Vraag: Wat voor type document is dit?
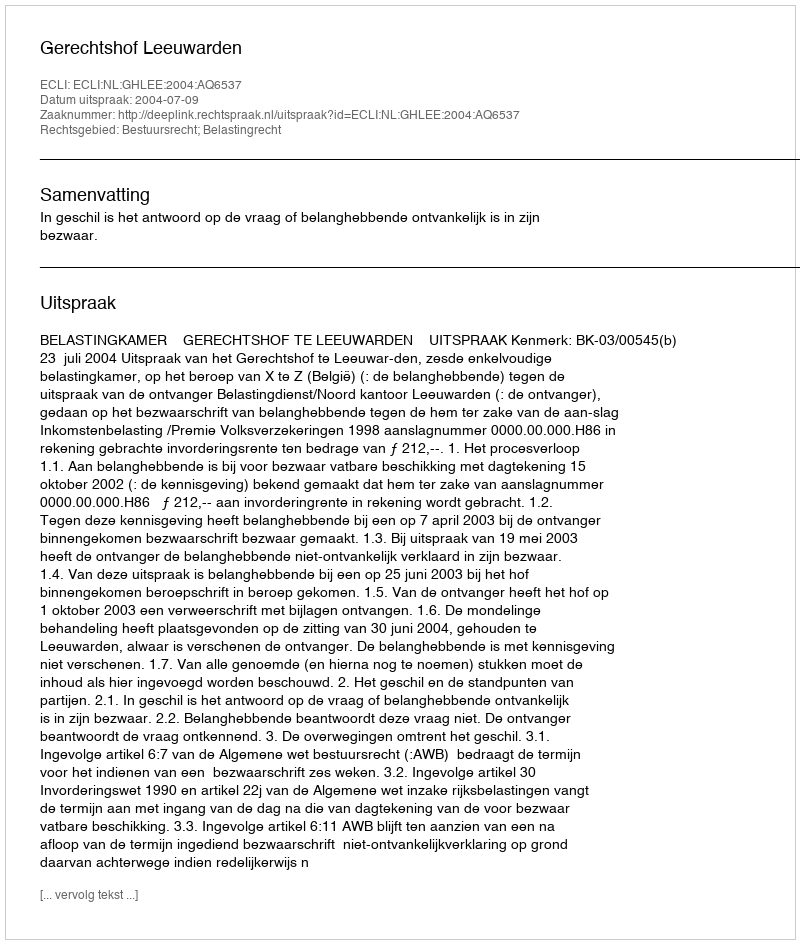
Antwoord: Uitspraak